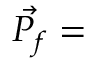
\vec { P _ { f } } =